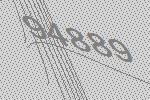
94889